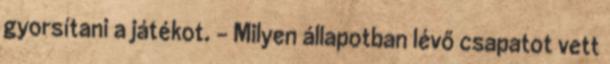
gyorsítani a játékot. – Milyen állapotban lévő csapatot vett